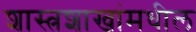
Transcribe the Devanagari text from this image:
शास्त्रशाखांमधील